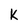
Character: K